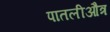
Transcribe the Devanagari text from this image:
पातलीऔत्र